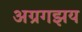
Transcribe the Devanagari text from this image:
अग्रगझय